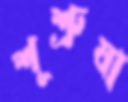
শূশ্রুষা